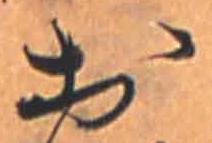
お